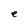
Character: e